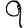
Digit: 9